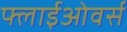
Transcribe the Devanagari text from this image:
फ्लाईओवर्स